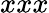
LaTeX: xxx